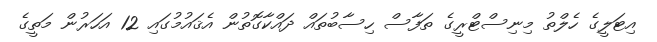
އިޓަލީގެ ހެލްތު މިނިސްޓްރީގެ ތަފާސް ހިސާބުތައް ދައްކާގޮތުން އެޤައުމުގައި 12 އަހަރުން މަތީގެ